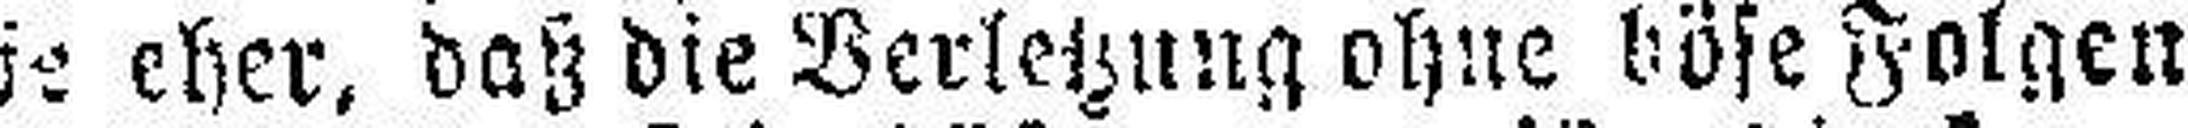
je eher, daß die Verletzung ohne böse Folgen